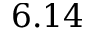
6 . 1 4